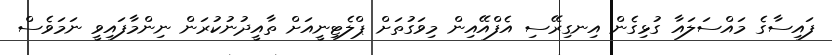
ފައިސާގެ މައްސަލައާ ގުޅިގެން އިނގިރޭސި އެފްއޭއިން މިވަގުތަށް ޕްލެޓިނީއަށް ތާއީދުނުކުރަން ނިންމާފައިވީ ނަމަވެސް